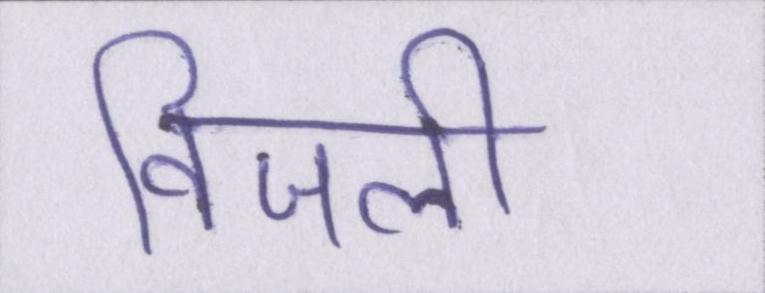
विजली